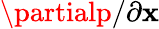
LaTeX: \partialp/\partial\mathbf{x}